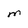
Character: m